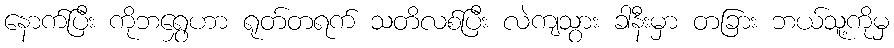
နောက်ပြီး ကိုဘရွှေဟာ ရုတ်တရက် သတိလစ်ပြီး လဲကျသွား ခါနီးမှာ တခြား ဘယ်သူ့ကိုမှ